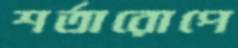
শর্তারোপে